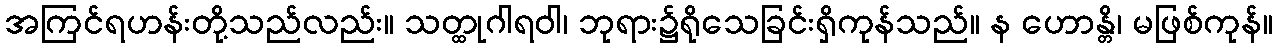
အကြင်ရဟန်းတို့သည်လည်း။ သတ္ထုဂါရဝါ၊ ဘုရား၌ရိုသေခြင်းရှိကုန်သည်။ န ဟောန္တိ၊ မဖြစ်ကုန်။